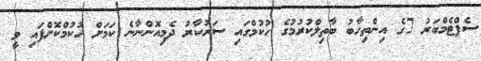
ސެޕްޓެމްބަރު 7ގެ އިންތިހާބު ބާތިލްކުރުމުގެ ހުކުމްގައި ސަރުކާރު ދެމިއޮންނާނެ ކަމަށް ހުކުމްކޮށްފައި ވީ